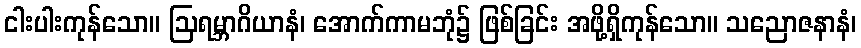
ငါးပါးကုန်သော။ ဩရမ္ဘာဂိယာနံ၊ အောက်ကာမဘုံ၌ ဖြစ်ခြင်း အဖို့ရှိကုန်သော။ သညောဇနာနံ၊